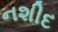
નશીદ